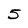
Character: 5